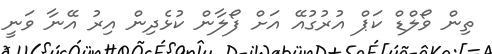
ތިން ވޯލްޑް ކަޕް އުރުގުއޭ އަށް ފޯލާން ކުޅެދިން އިރު އޭނާ ވަނީ